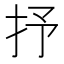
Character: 抒